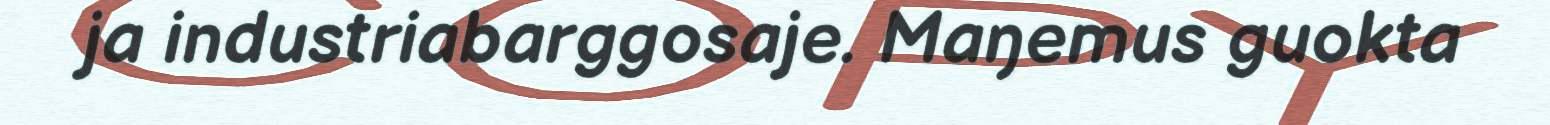
ja industriabarggosaje. Maŋemus guokta